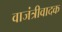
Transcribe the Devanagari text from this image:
वाजंत्रीवादक